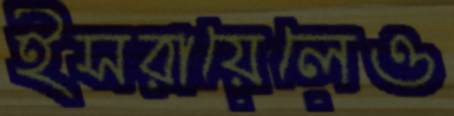
ইসরায়েলেও